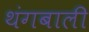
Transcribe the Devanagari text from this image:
थंगबाली